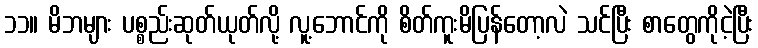
၁၁။ မိဘများ ပစ္စည်းဆုတ်ယုတ်လို့ လူ့ဘောင်ကို စိတ်ကူးမိပြန်တော့လဲ သင်ပြီး စာတွေကိုငဲ့ပြီး